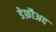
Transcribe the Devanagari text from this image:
डेफ़ौअद